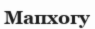
Мапхогу